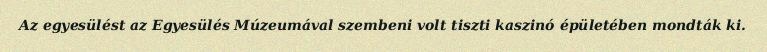
Az egyesülést az Egyesülés Múzeumával szembeni volt tiszti kaszinó épületében mondták ki.